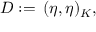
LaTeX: D : = \, ( \eta , \eta ) _ { K } ,